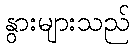
နွားများသည်